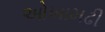
ઓખામઢી